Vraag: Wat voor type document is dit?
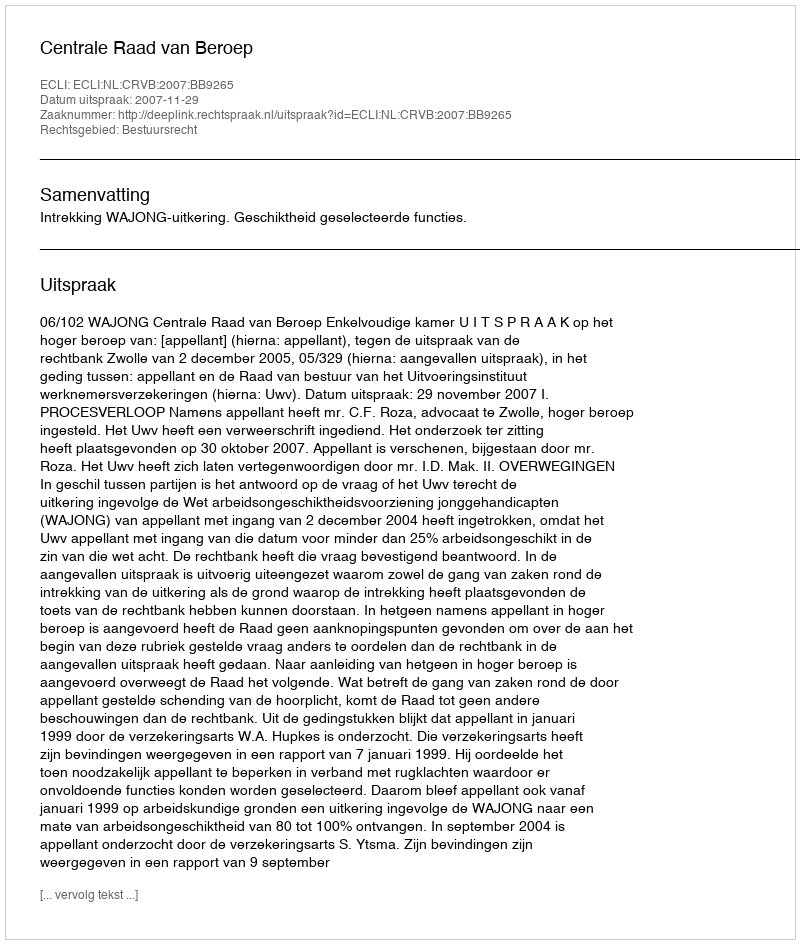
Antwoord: Uitspraak